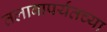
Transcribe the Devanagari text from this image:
तलावापर्यंतच्या